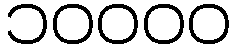
၁၀၀၀၀